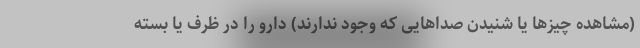
(مشاهده چیزها یا شنیدن صداهایی که وجود ندارند) دارو را در ظرف یا بسته